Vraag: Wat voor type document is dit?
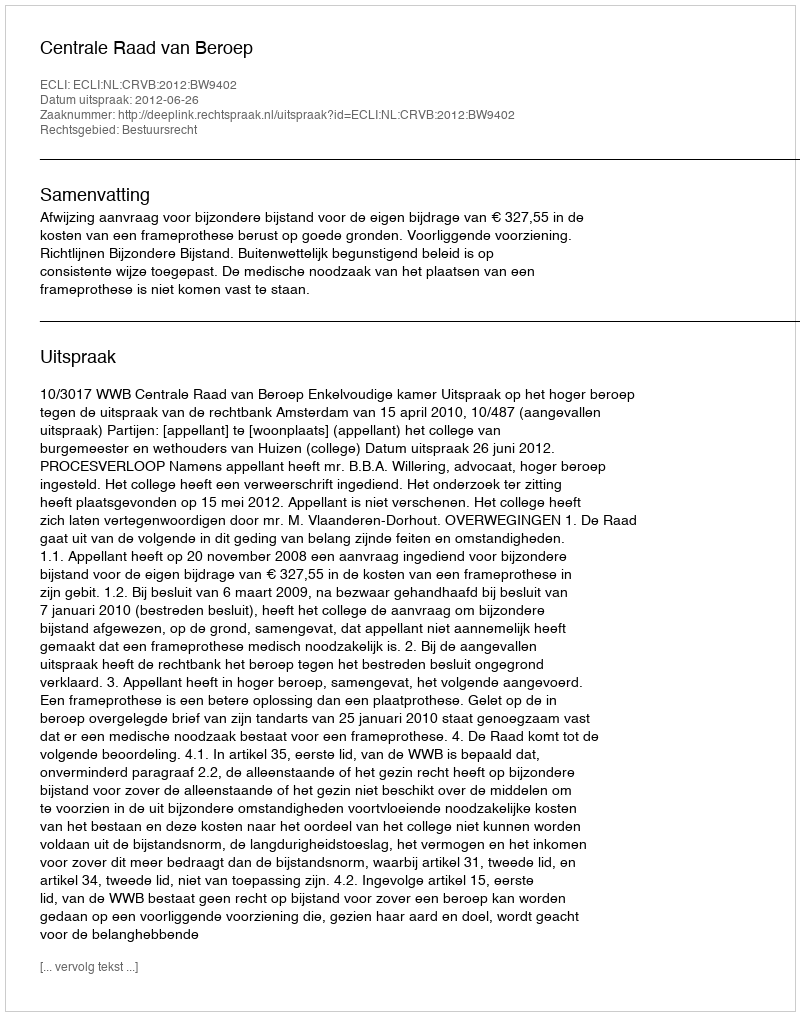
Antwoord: Uitspraak